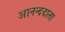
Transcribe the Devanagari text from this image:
आनन्ददाता